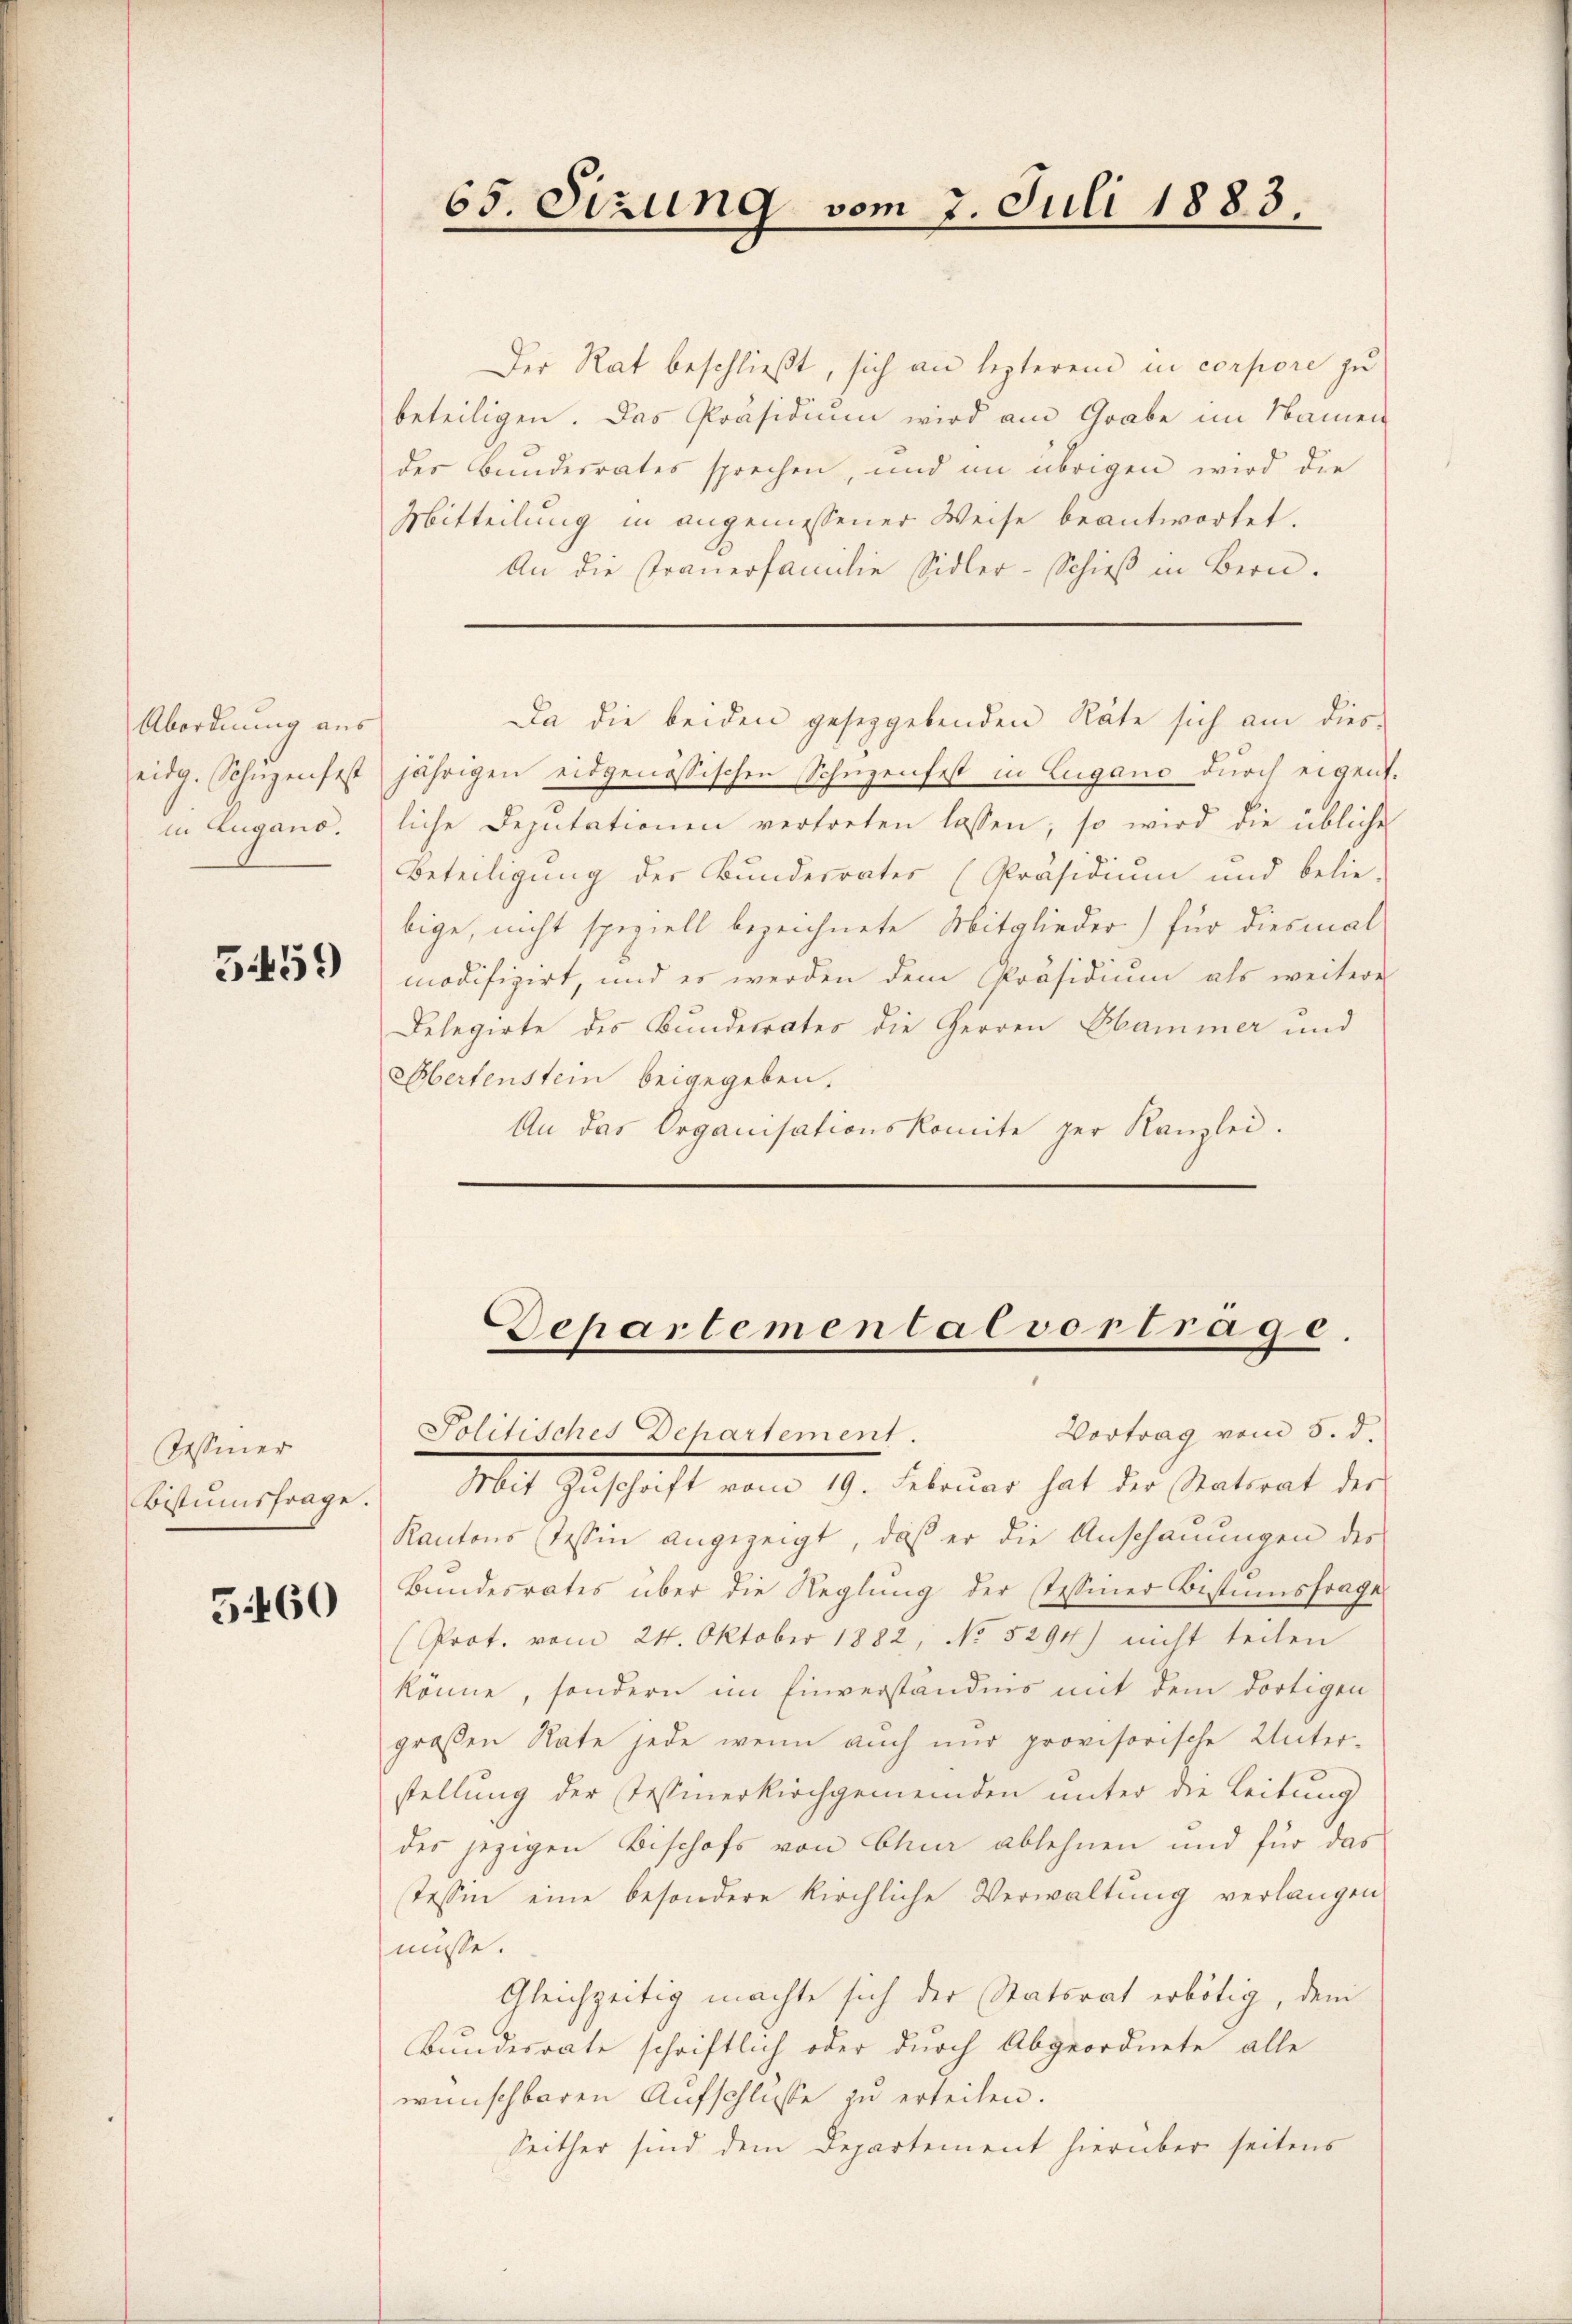
Abordnung aus
eidg. Sohnzenfest
in Lugano.

5459

Tessiner
Bistumsfrage.

560

Der Rat beschließt, sich an lezteren in corpore zu
beteiligen. Das Präsidium wird am Grabe im Namen
des Bundesrates sprechen, und im übrigen wird die
Mitteilung in angemessener Weise beantwortet.
An die Trauerfamilie Sidler-Schieβ in Bern.

jährigen eidgenössischen Schüzenfest in Lugano durch eigent.
liche Deputationen vertreten lassen, so wird die übliche
Beteiligung der Bunderrates (Präsidium und belie-
bige, nicht speziell bezeichnete Mitglieder) für diesmal
modifizirt, und es werden dem Präsidium als weitere
Delegirte des Kundesrates die Herren Hammer und
Ebertenstein beigegeben.
An das Organisationskomite der Kanzlei.

Vortrag vom 5. d.
Politisches Departement
Mit Zŭschrift vom 19. Februar hat der Statsrat der
Kantons (Tessin angezeigt, daß er die Anschauungen des
Bundesrates über die Reglung der Tessiner Bistumsfrage
(Prot. vom 24. Oktober 1882, No 5294) nicht teilen
könne, sondern im Einverständnis mit dem dortigen
großen Rate jede wenn auch nur provisorische Unter-
stellung der Tessinerkirchgemeinden unter die Leitung
des jezigen Bischofs von Chur ablehnen und für das
Tessin eine besondere kirchliche Verwaltŭng verlangen
müsse.
Gleichzeitig machte sich der Statsrat erbötig, dem
Bundesrate schriftlich oder durch Abgeordnete alle
wünschbaren Aufschlusse zu erteilen.
Seither sind dem Departement hierüber seitens

65. Sizung vom 7. Juli 1883.

Da die beiden geseggebenden Räte sich am dies¬

Departemental vortrage.